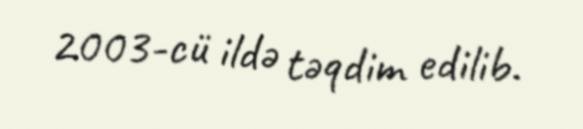
2003-cü ildə təqdim edilib.